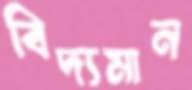
বিদ্যমান